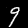
Label: 9